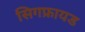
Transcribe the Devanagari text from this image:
सिगफ्रायड